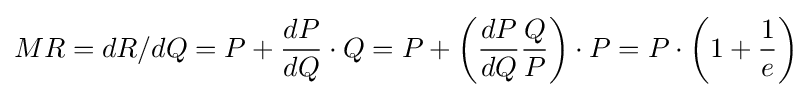
MR=dR/dQ=P+{\frac {dP}{dQ}}\cdot Q=P+\left({\frac {dP}{dQ}}{\frac {Q}{P}}\right)\cdot P=P\cdot \left(1+{\frac {1}{e}}\right)